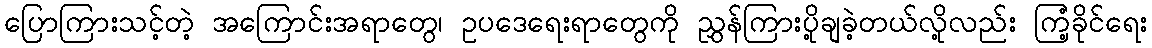
ပြောကြားသင့်တဲ့ အကြောင်းအရာတွေ၊ ဥပဒေရေးရာတွေကို ညွှန်ကြားပို့ချခဲ့တယ်လို့လည်း ကြံ့ခိုင်ရေး